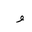
Letter: _waw